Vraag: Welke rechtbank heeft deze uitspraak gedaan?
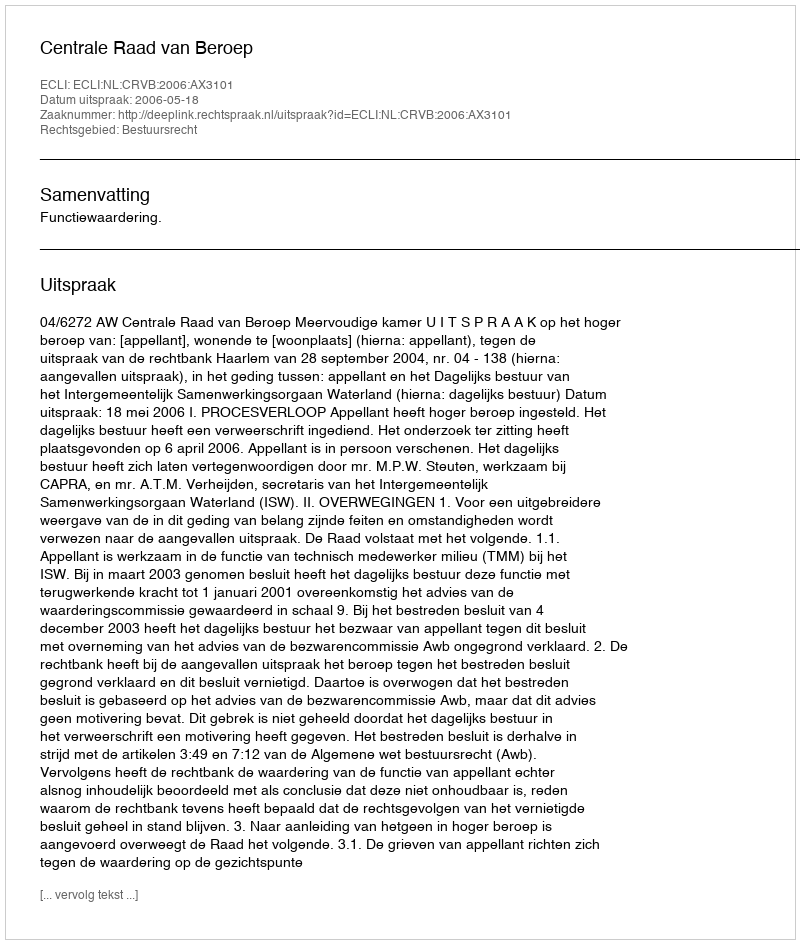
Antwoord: Centrale Raad van Beroep